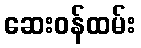
ဆေးဝန်ထမ်း